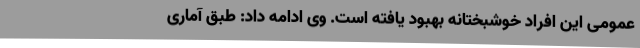
عمومی این افراد خوشبختانه بهبود یافته است. وی ادامه داد: طبق آماری